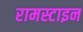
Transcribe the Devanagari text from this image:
रामस्टाइन